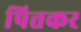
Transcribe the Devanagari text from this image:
पित्तकर